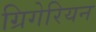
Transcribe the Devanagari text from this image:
ग्रिगेरियन